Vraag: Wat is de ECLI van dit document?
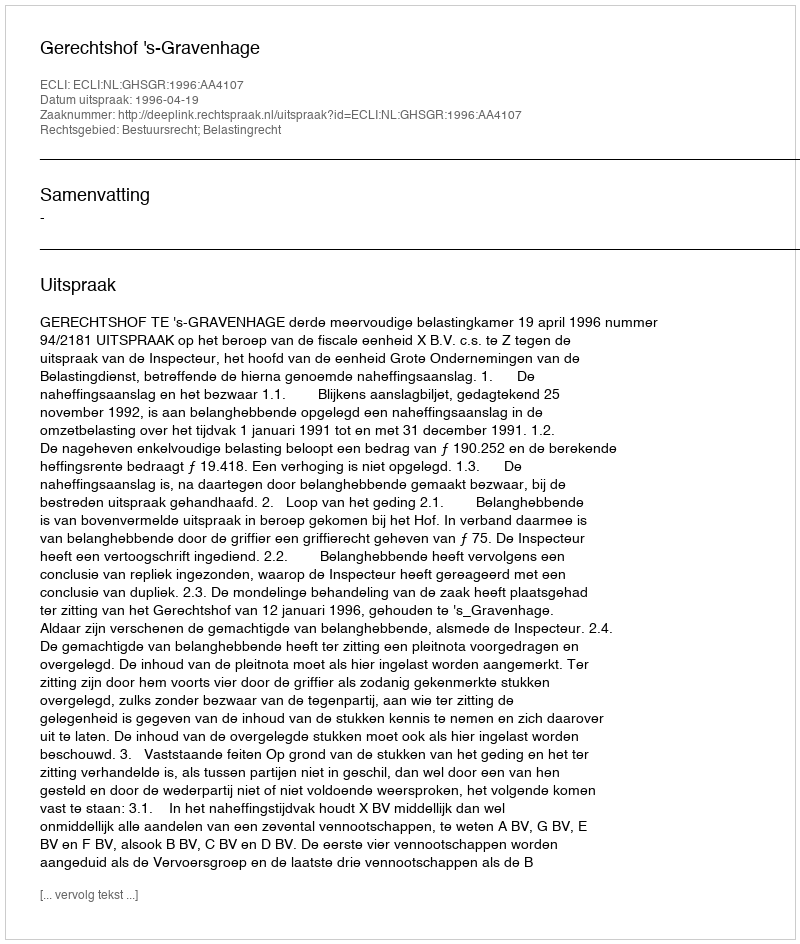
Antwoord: ECLI:NL:GHSGR:1996:AA4107